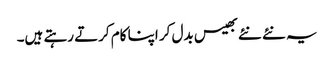
یہ نئے نئے بھیس بدل کر اپنا کام کرتے رہتے ہیں۔